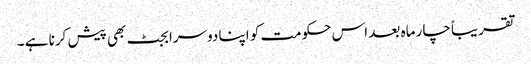
تقریباً چار ماہ بعد اس حکومت کو اپنا دوسرا بجٹ بھی پیش کرنا ہے ۔